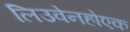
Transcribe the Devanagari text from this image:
लिउवेनहोएक